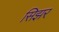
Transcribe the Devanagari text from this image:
सिझर